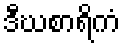
ဒီဃစာရိကံ